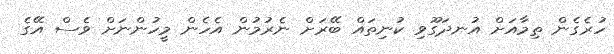
ހުރެގެން ތިމާއަށް އުނދަގޫވި ކުނިތައް ބޭރަށް ނެރުމުން އެހެން މީހުންނަށް ވެސް އޭގެ